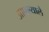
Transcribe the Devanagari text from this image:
आपल्याले